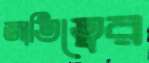
জাতিত্বের